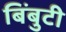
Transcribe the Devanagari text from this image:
बिंबुटी